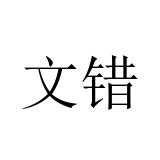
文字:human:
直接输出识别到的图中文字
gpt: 文错